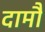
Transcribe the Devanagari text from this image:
दामौं